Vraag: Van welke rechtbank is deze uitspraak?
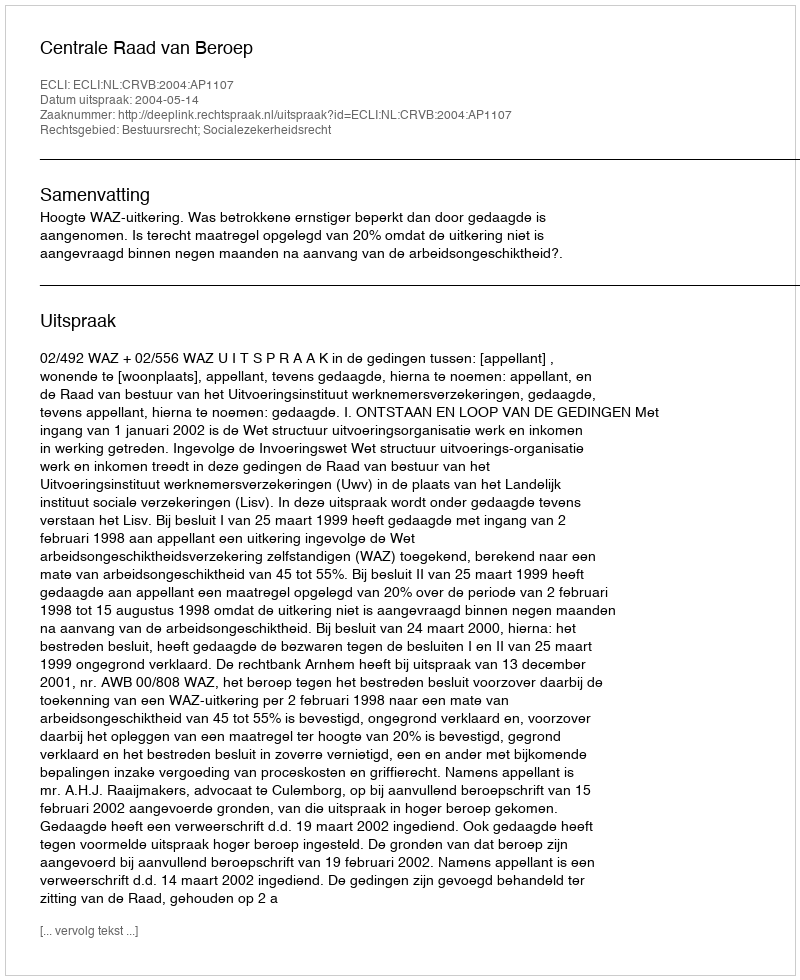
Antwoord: Centrale Raad van Beroep